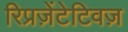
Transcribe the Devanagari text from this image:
रिप्रज़ेंटेटिवज़